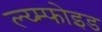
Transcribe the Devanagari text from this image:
ल्य्म्फोइड